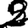
Digit: 2